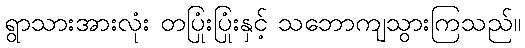
ရွာသားအားလုံး တပြုံးပြုံးနှင့် သဘောကျသွားကြသည်။